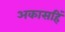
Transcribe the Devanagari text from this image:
अकासहिं